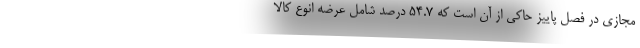
مجازی در فصل پاییز حاکی از آن است که ۵۴.۷ درصد شامل عرضه انوع کالا